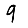
Digit: 9